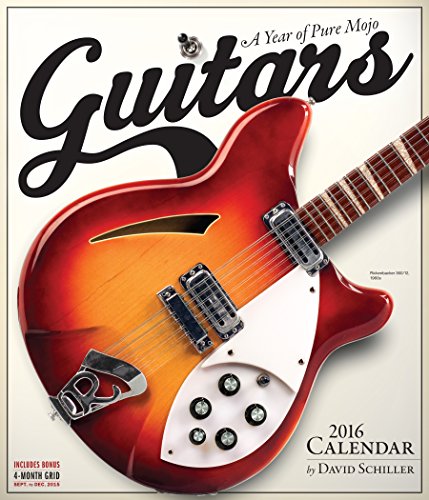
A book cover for Guitars Wall Calendar 2016; David Schiller; Calendars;